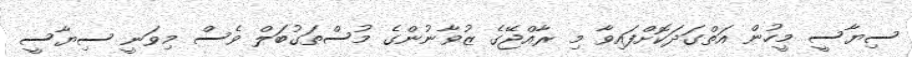
ސިޔާސީ މީހުން އަތްގަދަކޮށްފައިވާ މި ރާއްޖޭގެ ޒުވާނުންގެ މުސްތަގުބަލް ވެސް މިވަނީ ސިޔާސީ